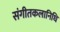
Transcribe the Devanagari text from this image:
संगीतकलानिधि